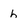
Character: h